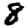
Digit: 8